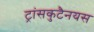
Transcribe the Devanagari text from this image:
ट्रांसकुटैनयस